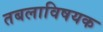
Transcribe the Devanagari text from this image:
तबलाविषयक